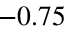
- 0 . 7 5